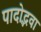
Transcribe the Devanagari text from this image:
पादोद्भवा